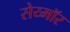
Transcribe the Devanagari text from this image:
सेय्मॉर